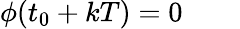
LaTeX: \phi(t_{0}+kT)=0\quad\quad{}